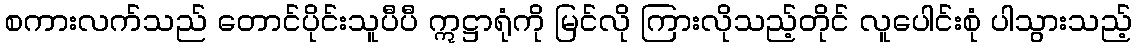
စကားလက်သည် တောင်ပိုင်းသူပီပီ ဣဋ္ဌာရုံကို မြင်လို ကြားလိုသည့်တိုင် လူပေါင်းစုံ ပါသွားသည့်